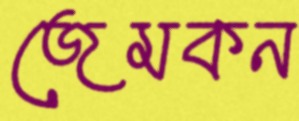
জেমকন